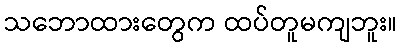
သဘောထားတွေက ထပ်တူမကျဘူး။